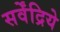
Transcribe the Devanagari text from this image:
सर्वेंद्रिये